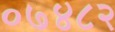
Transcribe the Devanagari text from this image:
०७४८२